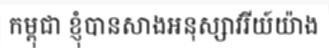
កម្ពុជា ខ្ញុំបានសាងអនុស្សាវរីយ៍យ៉ាង